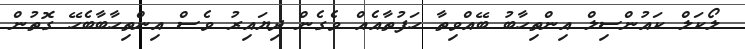
ލޯކަލް ކައުންސިލް އިންތިހާބު ބޭއްވިތާ ހަފުތާއެއް ވެގެން ދިޔައިރު ވެސް އިންތިހާބާބެހޭ ގޮތުން